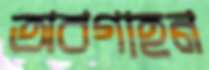
অবগাহন